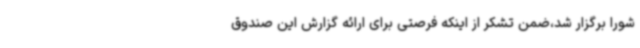
شورا برگزار شد،ضمن تشکر از اینکه فرصتی برای ارائه گزارش این صندوق